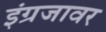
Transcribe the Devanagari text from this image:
इंग्रजावर